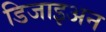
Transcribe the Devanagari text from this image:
डिजाइअन